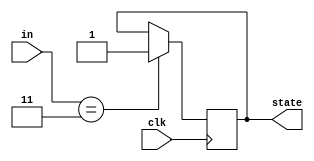
//
//
//

module Sword_FSM (
	clk, in, state
);

input clk;
input [2:0] in;
output reg state;

initial
	state <= 0;

always @ (posedge clk) 
	if (in == 3'b011)
		state <= 1;
		
endmodule